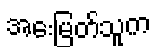
အေးမြတ်သူက